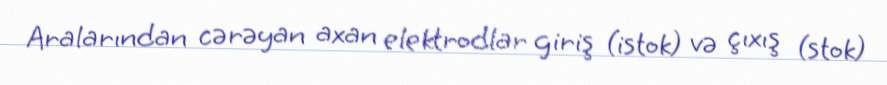
Aralarından cərəyan axan elektrodlar giriş (istok) və çıxış (stok)